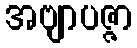
အဗျာပဇ္ဇာ